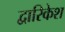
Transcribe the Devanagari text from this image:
द्वारिकेश